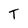
Character: T